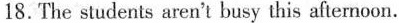
18.The students aren't busy this afternoon.